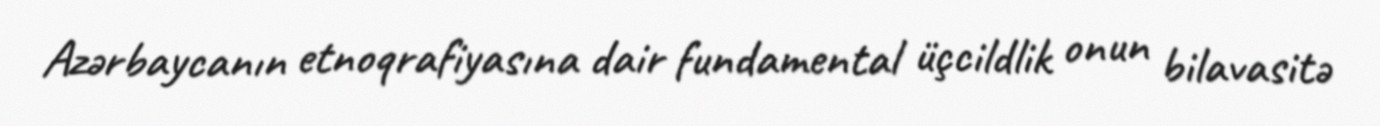
Azərbaycanın etnoqrafiyasına dair fundamental üçcildlik onun bilavasitə